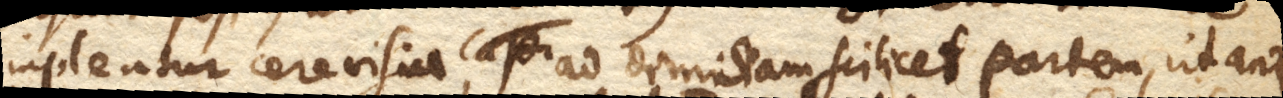
impleatur cerevisia, ad dimidiam scilicet partem, ut ante